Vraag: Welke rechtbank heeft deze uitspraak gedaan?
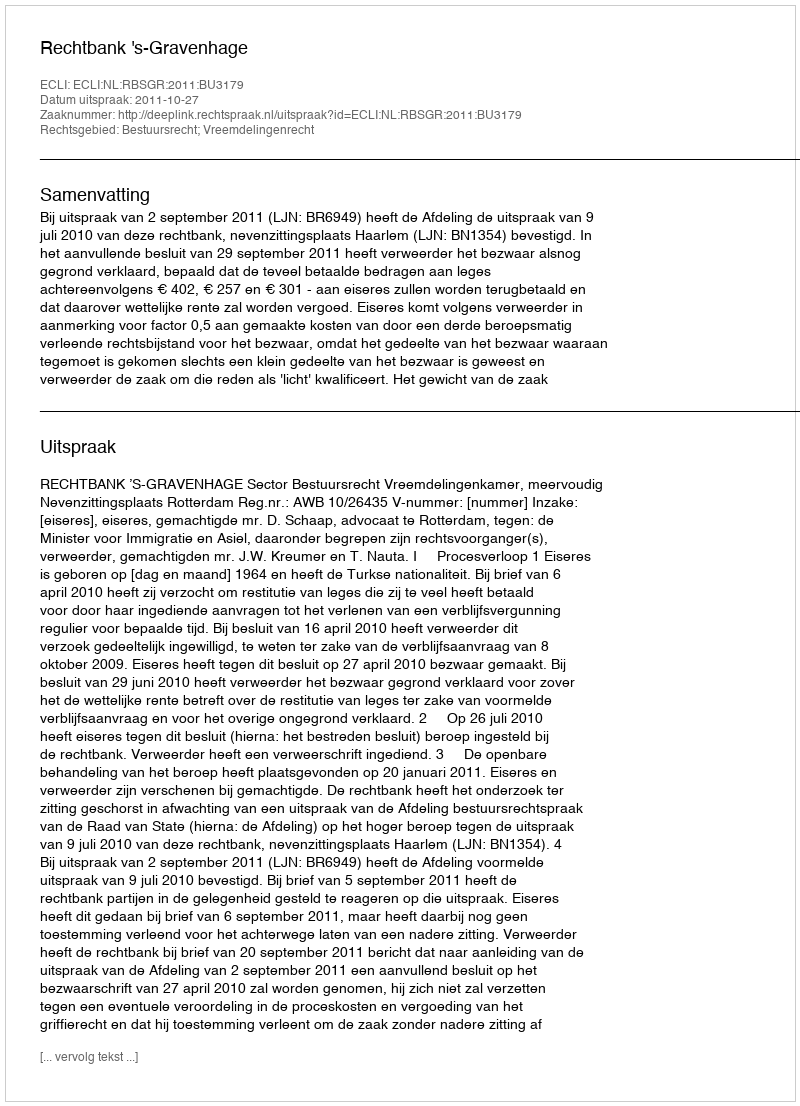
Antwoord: Rechtbank 's-Gravenhage